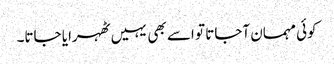
کوئی مہمان آجاتا تو اسے بھی یہیں ٹھہرایا جاتا۔